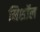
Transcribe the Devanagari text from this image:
मिशॉल